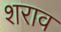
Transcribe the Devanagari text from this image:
शराव